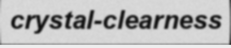
crystal-clearness